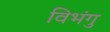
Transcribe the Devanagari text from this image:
विभंगु